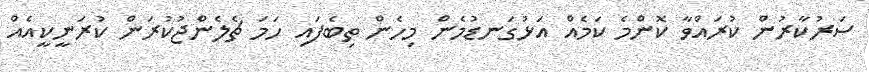
ސަރުކާރުން ކުރައްވާ ކޮންމެ ކަމެއް އަޅުގަނޑުމެން މިހެން ތިބެފައި ހަމަ ޗެލެންޖުކުރަން ކުރަނީކީއެއް